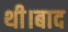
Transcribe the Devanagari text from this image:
थी।बाद